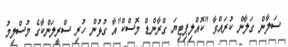
ސަލާން ގަލާން ކުރައްވާ "ކޮއްލިޕިޓިޔަ ގްރާންޑް މޮސްކް"އާ ގުޅުން ހުރި ސްރީލަންކާގެ މުސްލިމު